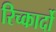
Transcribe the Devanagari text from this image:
रिच्कार्दो